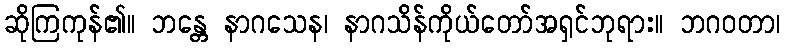
ဆိုကြကုန်၏။ ဘန္တေ နာဂသေန၊ နာဂသိန်ကိုယ်တော်အရှင်ဘုရား။ ဘဂဝတာ၊